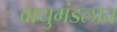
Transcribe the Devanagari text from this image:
वायुमंडलात